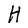
Character: H